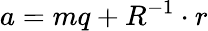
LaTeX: a=mq+R^{-1}\cdot r